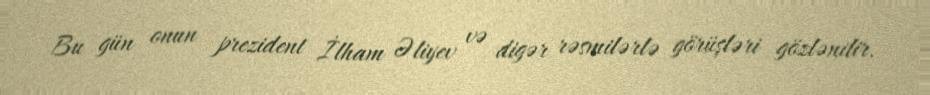
Bu gün onun prezident İlham Əliyev və digər rəsmilərlə görüşləri gözlənilir.